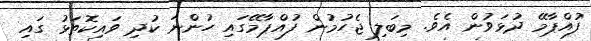
'ފުއްޕާމޭ ދުޅަވުން އެވެ. މިބަލި ޖެހުމުން ފުއްޕާމޭގައި ހުންނަ ކުދި ވައިކޮތަޅު ގައި